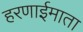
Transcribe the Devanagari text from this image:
हरणाईमाता